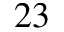
^ { 2 3 }